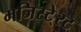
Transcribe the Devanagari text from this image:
मजिस्टे्रट